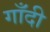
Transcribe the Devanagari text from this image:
गाँदी